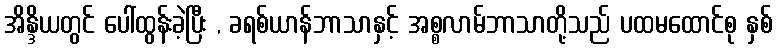
အိန္ဒိယတွင် ပေါ်ထွန်းခဲ့ပြီး , ခရစ်ယာန်ဘာသာနှင့် အစ္စလာမ်ဘာသာတို့သည် ပထမထောင်စု နှစ်